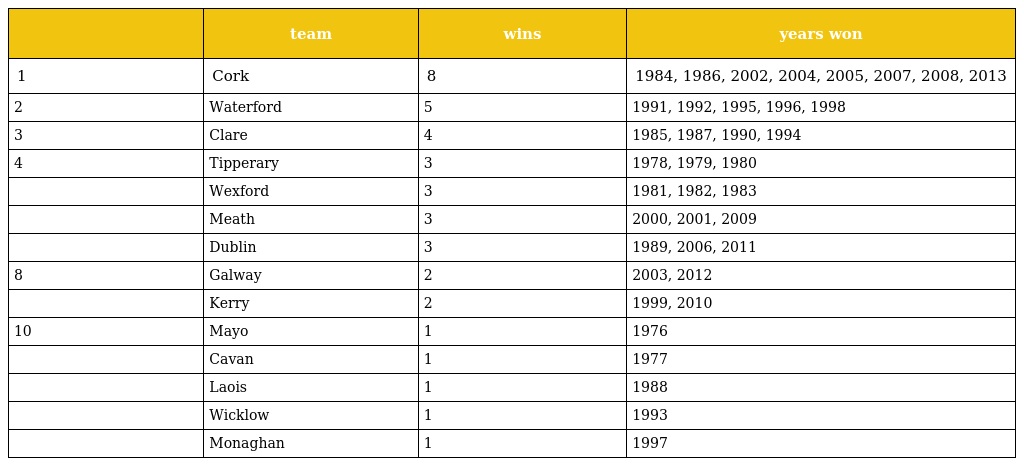
|  | team | wins | years won |
 | --- | --- | --- | --- |
 | 1 | Cork | 8 | 1984, 1986, 2002, 2004, 2005, 2007, 2008, 2013 |
 | 2 | Waterford | 5 | 1991, 1992, 1995, 1996, 1998 |
 | 3 | Clare | 4 | 1985, 1987, 1990, 1994 |
 | 4 | Tipperary | 3 | 1978, 1979, 1980 |
 |  | Wexford | 3 | 1981, 1982, 1983 |
 |  | Meath | 3 | 2000, 2001, 2009 |
 |  | Dublin | 3 | 1989, 2006, 2011 |
 | 8 | Galway | 2 | 2003, 2012 |
 |  | Kerry | 2 | 1999, 2010 |
 | 10 | Mayo | 1 | 1976 |
 |  | Cavan | 1 | 1977 |
 |  | Laois | 1 | 1988 |
 |  | Wicklow | 1 | 1993 |
 |  | Monaghan | 1 | 1997 |